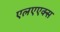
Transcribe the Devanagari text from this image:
एलएएक्स